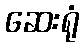
ဆေးရုံ